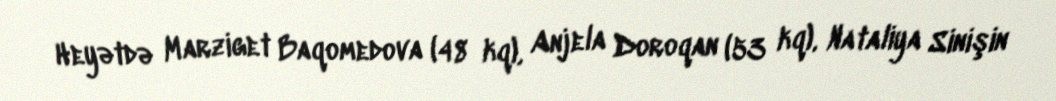
Heyətdə Marziget Baqomedova (48 kq), Anjela Doroqan (53 kq), Nataliya Sinişin